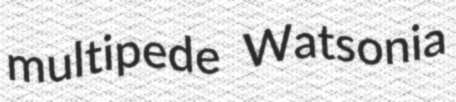
multipede Watsonia